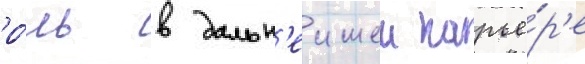
ро́ль в дальн'еишеи карье́р'е